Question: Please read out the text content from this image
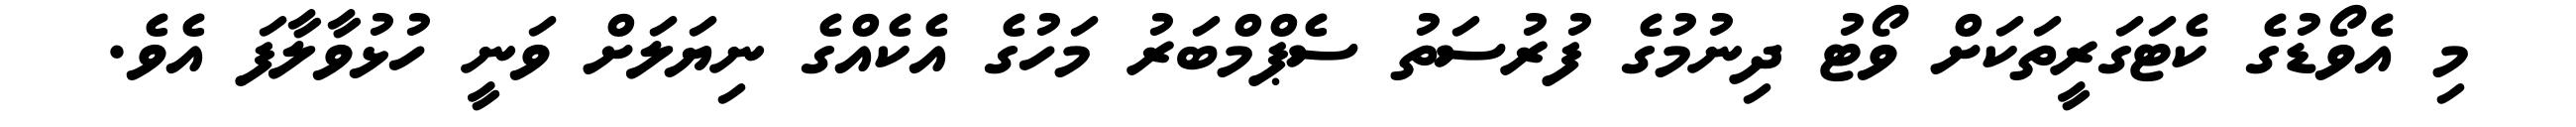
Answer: މި އެވޯޑުގެ ކެޓަގަރީތަކަށް ވޯޓު ދިނުމުގެ ފުރުސަތު ސެޕްމްބަރު މަހުގެ އެކެއްގެ ނިޔަލަށް ވަނީ ހުޅުވާލާފަ އެވެ.